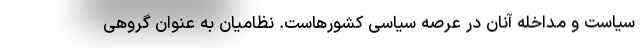
سیاست و مداخله آنان در عرصه سیاسی کشورهاست. نظامیان به عنوان گروهی